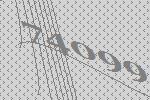
74099